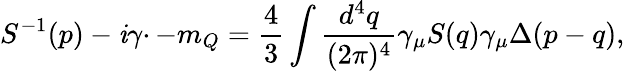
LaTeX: S^{-1}(p)-\mathit{i}\gamma\cdotp-m_{Q}=\frac{{4}}{{3}}\int\frac{{d^{4}q}}{{(2\pi)^{4}}}\gamma_{\mu}S(q)\gamma_{\mu}\Delta(p-q),